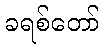
ခရစ်တော်